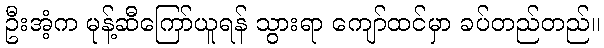
ဦးအံ့က မုန့်ဆီကြော်ယူရန် သွားရာ ကျော်ထင်မှာ ခပ်တည်တည်။